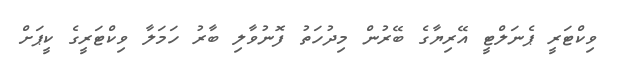
ވިކްޓަރީ ޕެނަލްޓީ އޭރިޔާގެ ބޭރުން މިދުހަތު ފޮނުވާލި ބާރު ހަމަލާ ވިކްޓަރީގެ ކީޕަށް